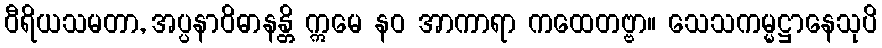
ဝီရိယသမတာ, အပ္ပနာဝိဓာနန္တိ ဣမေ နဝ အာကာရာ ကထေတဗ္ဗာ။ သေသကမ္မဋ္ဌာနေသုပိ